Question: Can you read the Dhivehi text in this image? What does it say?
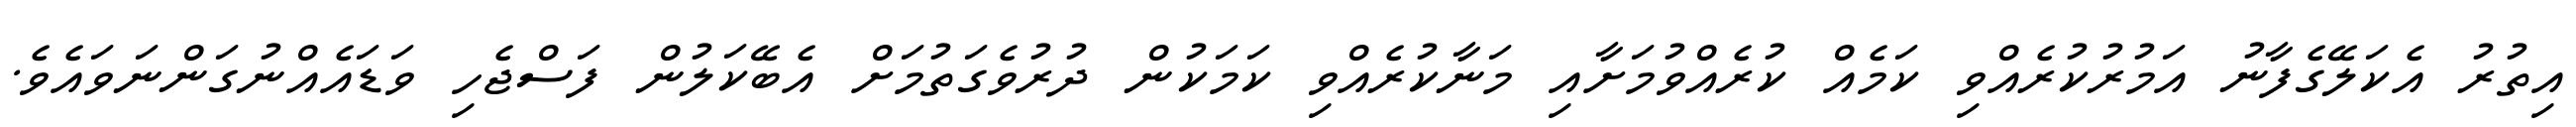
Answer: އިތުރު އެކަލޭގެފާނު އަމުރުކުރެއްވި ކަމެއް ކުރެއްވުމަށާއި މަނާކުރެއްވި ކަމަކުން ދުރުވެގަތުމަށް އެބޭކަލުން ފަސްޖެހި ވަޑައެއްނުގަންނަވައެވެ.